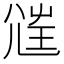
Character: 𡯲